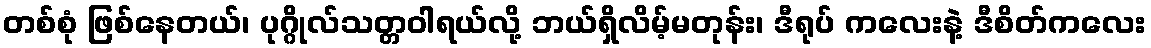
တစ်စုံ ဖြစ်နေတယ်၊ ပုဂ္ဂိုလ်သတ္တဝါရယ်လို့ ဘယ်ရှိလိမ့်မတုန်း၊ ဒီရုပ် ကလေးနဲ့ ဒီစိတ်ကလေး